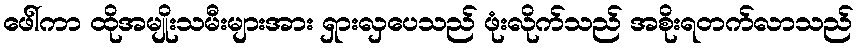
ဖေါ်ကာ ထိုအမျိုးသမီးများအား ရှားလှပေသည် ဖုံးလိုက်သည် အစိုးရတက်လာသည်